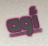
أوه